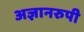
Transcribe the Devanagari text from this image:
अज्ञानरुपी